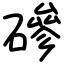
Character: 磣